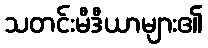
သတင်းမီဒီယာများ၏